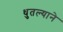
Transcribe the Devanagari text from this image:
धुतल्याने